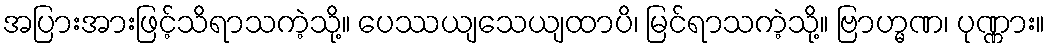
အပြားအားဖြင့်သိရာသကဲ့သို့။ ပေဿယျသေယျထာပိ၊ မြင်ရာသကဲ့သို့။ ဗြာဟ္မဏ၊ ပုဏ္ဏား။